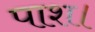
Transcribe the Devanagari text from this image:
पाश।